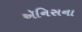
ઍનિસના